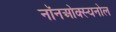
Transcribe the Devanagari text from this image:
नॉनओक्स्यनोल